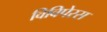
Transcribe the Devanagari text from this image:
विविपेरस